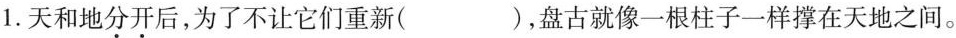
1.天和地分开后，为了不让它们重新( )，盘古就像一根柱子一样撑在天地之间。